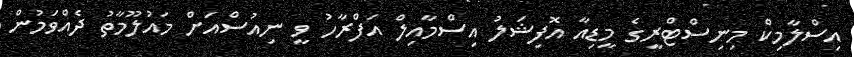
އިސްލާމިކް މިނިސްޓްރީގެ މީޑިއާ އޮފިޝަލު އިސްމާއިލް އަފްރާހު ވީ ނިއުސްއަށް މައުލޫމާތު ދެއްވަމުން